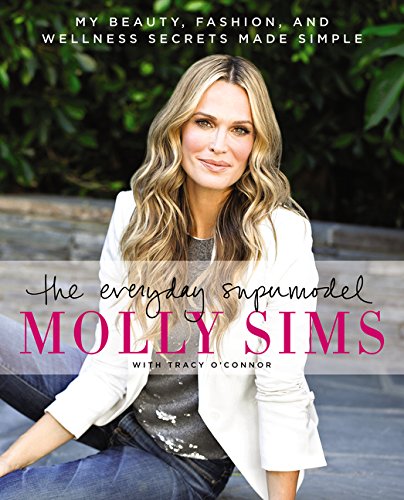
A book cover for The Everyday Supermodel: My Beauty, Fashion, and Wellness Secrets Made Simple; Molly Sims; Health, Fitness & Dieting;